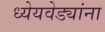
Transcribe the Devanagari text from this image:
ध्येयवेड्यांना